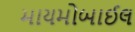
માયમોબાઈલ